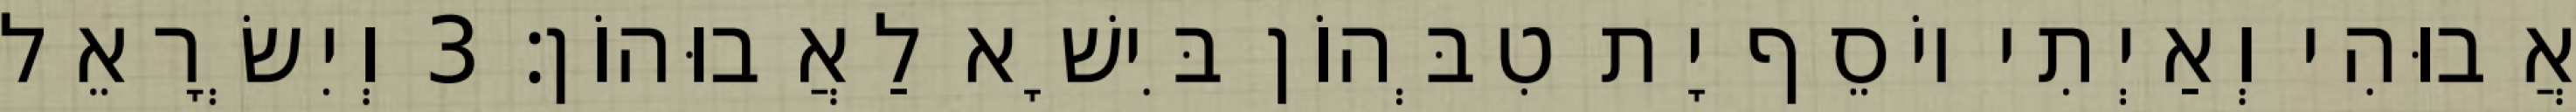
אֲבוּהִי וְאַיְתִי יוֹסֵף יָת טִבְּהוֹן בִּישָׁא לַאֲבוּהוֹן׃ 3 וְיִשְׂרָאֵל